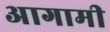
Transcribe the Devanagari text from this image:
अागामी